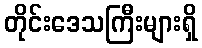
တိုင်းဒေသကြီးများရှိ